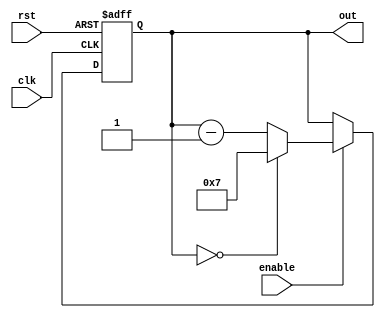
module ModuloN_Down_Counter(
    input clk,
    input rst,
    input enable,
    output reg [N-1:0] out
);

parameter N = 8; // change N value as needed

always @(posedge clk or posedge rst) begin
    if (rst) begin
        out <= N-1;
    end else begin
        if (enable) begin
            if (out == 0) begin
                out <= N-1;
            end else begin
                out <= out - 1;
            end
        end
    end
end

endmodule